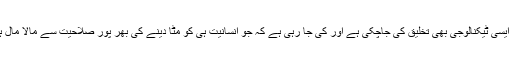
ایک اور پہلو یہ کہ تمام تر ٹیکنالوجی نے انسانی بھلائی کی جانب ہی رخ نہیں کیا بلکہ کثیر تعداد میں ایسی ٹیکنالوجی بھی تخلیق کی جاچکی ہے اور کی جا رہی ہے کہ جو انسانیت ہی کو مٹا دینے کی بھر پور صلاحیت سے مالا مال ہے اور ان کی چند مثالوں میں Atom bomb اور Neutron bomb جیسے مہیب ہتھیار شامل ہیں۔